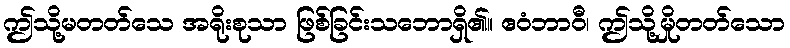
ဤသို့မတတ်သေ အရိုးစုသာ ဖြစ်ခြင်းသဘောရှိ၏။ ဧဝံဘာဝီ၊ ဤသို့မှိုတတ်သော